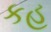
કહ